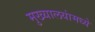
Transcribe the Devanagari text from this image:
मुख्यालयांमध्ये